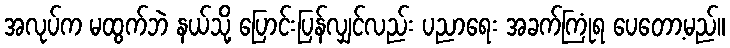
အလုပ်က မထွက်ဘဲ နယ်သို့ ပြောင်းပြန်လျှင်လည်း ပညာရေး အခက်ကြုံရ ပေတော့မည်။